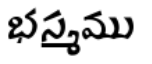
భస్మము